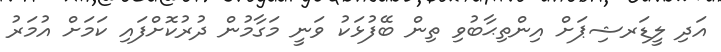
އަދި ލީޑަރޝިޕަށް އިންތިޙާބުވި ތިން ބޭފުޅަކު ވަނީ މަގާމުން ދުރުކޮށްފައި ކަމަށް އުމަރު